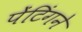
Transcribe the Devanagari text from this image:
पेंटिंगने